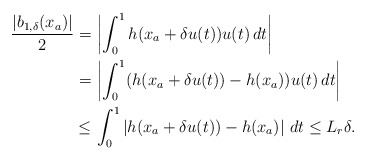
\begin{align*}\begin{aligned}\dfrac{|b_{1,\delta}(x_a)|}{2} =&\, \left|\int_0^1 h(x_a+\delta u(t)) u(t)\,dt\right| \\=&\,\left|\int_0^1 (h(x_a+\delta u(t))-h(x_a))u(t)\,dt\right| \\\le&\,\int_0^1 \left|h(x_a+\delta u(t))-h(x_a)\right|\,dt \le L_r \delta. \end{aligned}\end{align*}